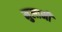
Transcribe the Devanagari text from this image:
मुलानी